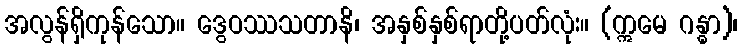
အလွန်ရှိကုန်သော။ ဒွေဝဿသတာနိ၊ အနှစ်နှစ်ရာတို့ပတ်လုံး။ (ဣမေ ဂန္ဓာ)၊